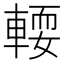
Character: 𨍥